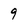
Character: 9